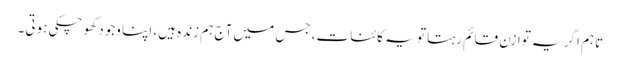
تاہم اگر یہ توازن قائم رہتا تو یہ کائنات، جس میں آج ہم زندہ ہیں، اپنا وجود کھو چکی ہوتی۔